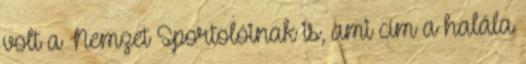
volt a Nemzet Sportolóinak is, ami cím a halála